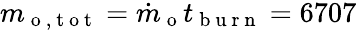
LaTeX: m_{\mathrm{~o~,~t~o~t~}}=\dot{m}_{\mathrm{~o~}}t_{\mathrm{~b~u~r~n~}}=6707